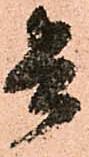
兵